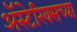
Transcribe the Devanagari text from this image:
अॅस्टेरिक्सच्या